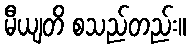
မီယျတိ စသည်တည်း။